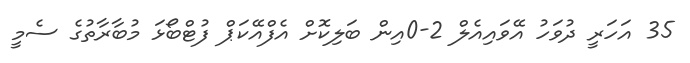
35 އަހަރީ ދުވަހު އޭވައިއެލް 2-0އިން ބަލިކޮށް އެފްއޭކަޕް ފުޓްބޯޅަ މުބާރާތުގެ ސެމީ